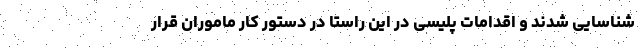
شناسایی شدند و اقدامات پلیسی در این راستا در دستور کار ماموران قرار